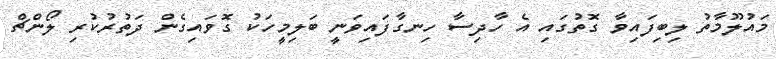
މައުލޫމާތު ލިބިފައިވާ ގޮތުގައި އެ ހާދިސާ ހިނގާފައިވަނީ ބަލިމީހަކު ގޮވައިގެން ދަތުރުކުރި ލޯންޗް